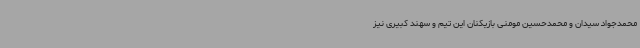
محمدجواد سیدان و محمدحسین مومنی بازیکنان این تیم و سهند کبیری نیز